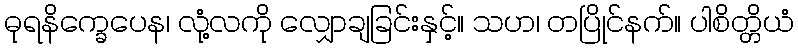
ဓုရနိက္ခေပေန၊ လုံ့လကို လျှောချခြင်းနှင့်။ သဟ၊ တပြိုင်နက်။ ပါစိတ္တိယံ